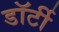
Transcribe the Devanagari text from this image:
डॉर्टी